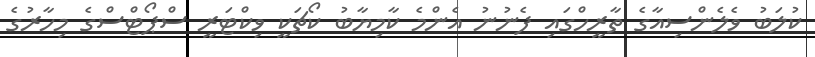
ކުލަބު ވެލެންސިއާގެ ތާރީހްގައި ފެނުނު އެންމެ ކާމިޔާބު ކޯޗަކީ ވިކްޓަރީ ސްޕޯޓްސްގެ މިހާރުގެ